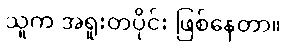
သူက အရူးတပိုင်း ဖြစ်နေတာ။